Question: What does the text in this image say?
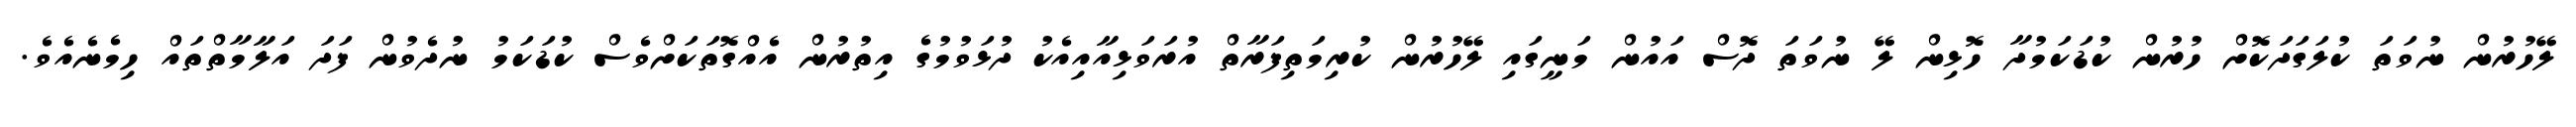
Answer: ލޭހުރުން ނުވަތަ ކުލަގަދަކޮށް ހުރުން ކުޑަކަމުދާ ހޮޅިން ލޭ ނުވަތަ ދޮސް އައުން މަނީގައި ލޭހުރުން ކުރިމަތިފަރާތް އުރަވަޅިއާއިއެކު ދުޅަވުމުގެ އިތުރުން އެއްގޮތަކަށްވެސް ކުޑަކަމު ނުދެވުން ފަދަ އަލާމާތްތައް ހިމެނެއެވެ.